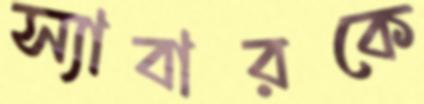
স্যাবারকে